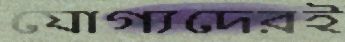
যোগ্যদেরই